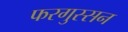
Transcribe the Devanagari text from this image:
फरगुस्सन